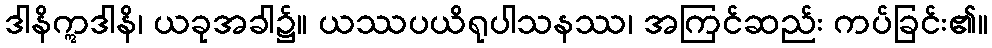
ဒါနိဣဒါနိ၊ ယခုအခါ၌။ ယဿပယိရုပါသနဿ၊ အကြင်ဆည်း ကပ်ခြင်း၏။